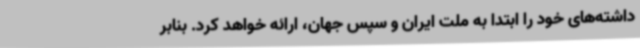
داشته‌های خود را ابتدا به ملت ایران و سپس جهان، ارائه خواهد کرد. بنابر